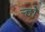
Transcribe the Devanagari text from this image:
र्‍हो